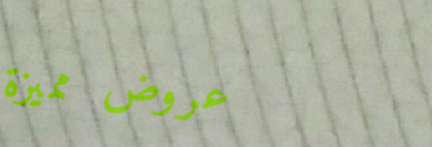
عروض مميزة